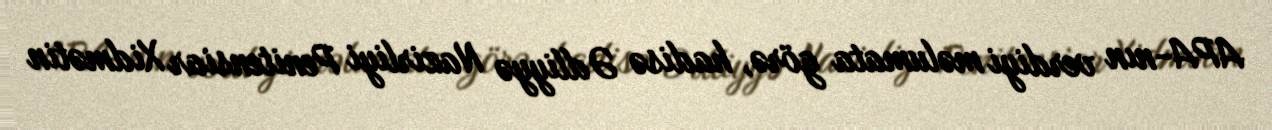
APA-nın verdiyi məlumata görə, hadisə Ədliyyə Nazirliyi Penitensiar Xidmətin